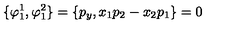
\{ \varphi _ { 1 } ^ { 1 } , \varphi _ { 1 } ^ { 2 } \} = \{ p _ { y } , x _ { 1 } p _ { 2 } - x _ { 2 } p _ { 1 } \} = 0